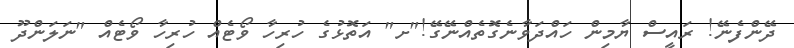
ދޭންފެނޭ! ރައީސް ޔާމިން ހައްދަވާނެގޮތެއްނޭގޭ!"ށ" އަތޮޅުގެ ހުރިހާ ވޯޓެއް ހުރިހާ ވޯޓެއް "ނަލަންދޫ